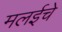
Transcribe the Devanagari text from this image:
मलईचे